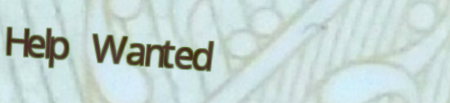
Help Wanted